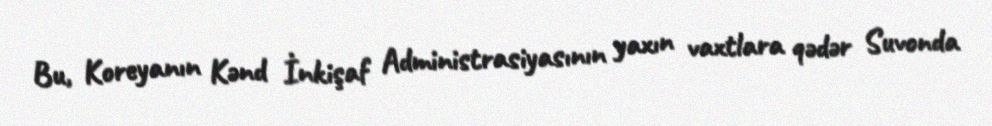
Bu, Koreyanın Kənd İnkişaf Administrasiyasının yaxın vaxtlara qədər Suvonda